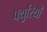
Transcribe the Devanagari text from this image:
फ्युरियाँ